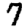
Digit: 7